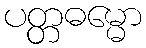
ပတ္တဓမ္မော